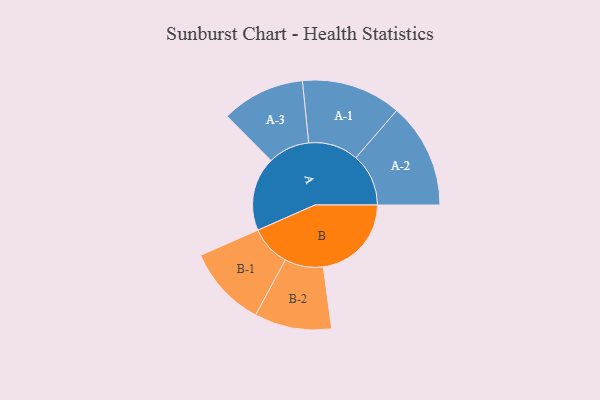
{"axis": {"x": "Segment", "y": "Value"}, "legend": ["", "A", "B"], "data": [{"x": "A", "y": 404, "type": ""}, {"x": "B", "y": 482, "type": ""}, {"x": "A-1", "y": 273, "type": "A"}, {"x": "A-2", "y": 288, "type": "A"}, {"x": "A-3", "y": 228, "type": "A"}, {"x": "B-1", "y": 222, "type": "B"}, {"x": "B-2", "y": 211, "type": "B"}]}